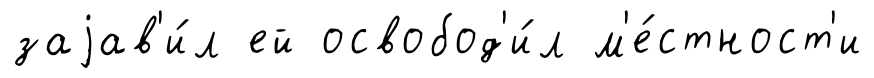
заjав'и́л ей освобод'и́л м'е́стност'и